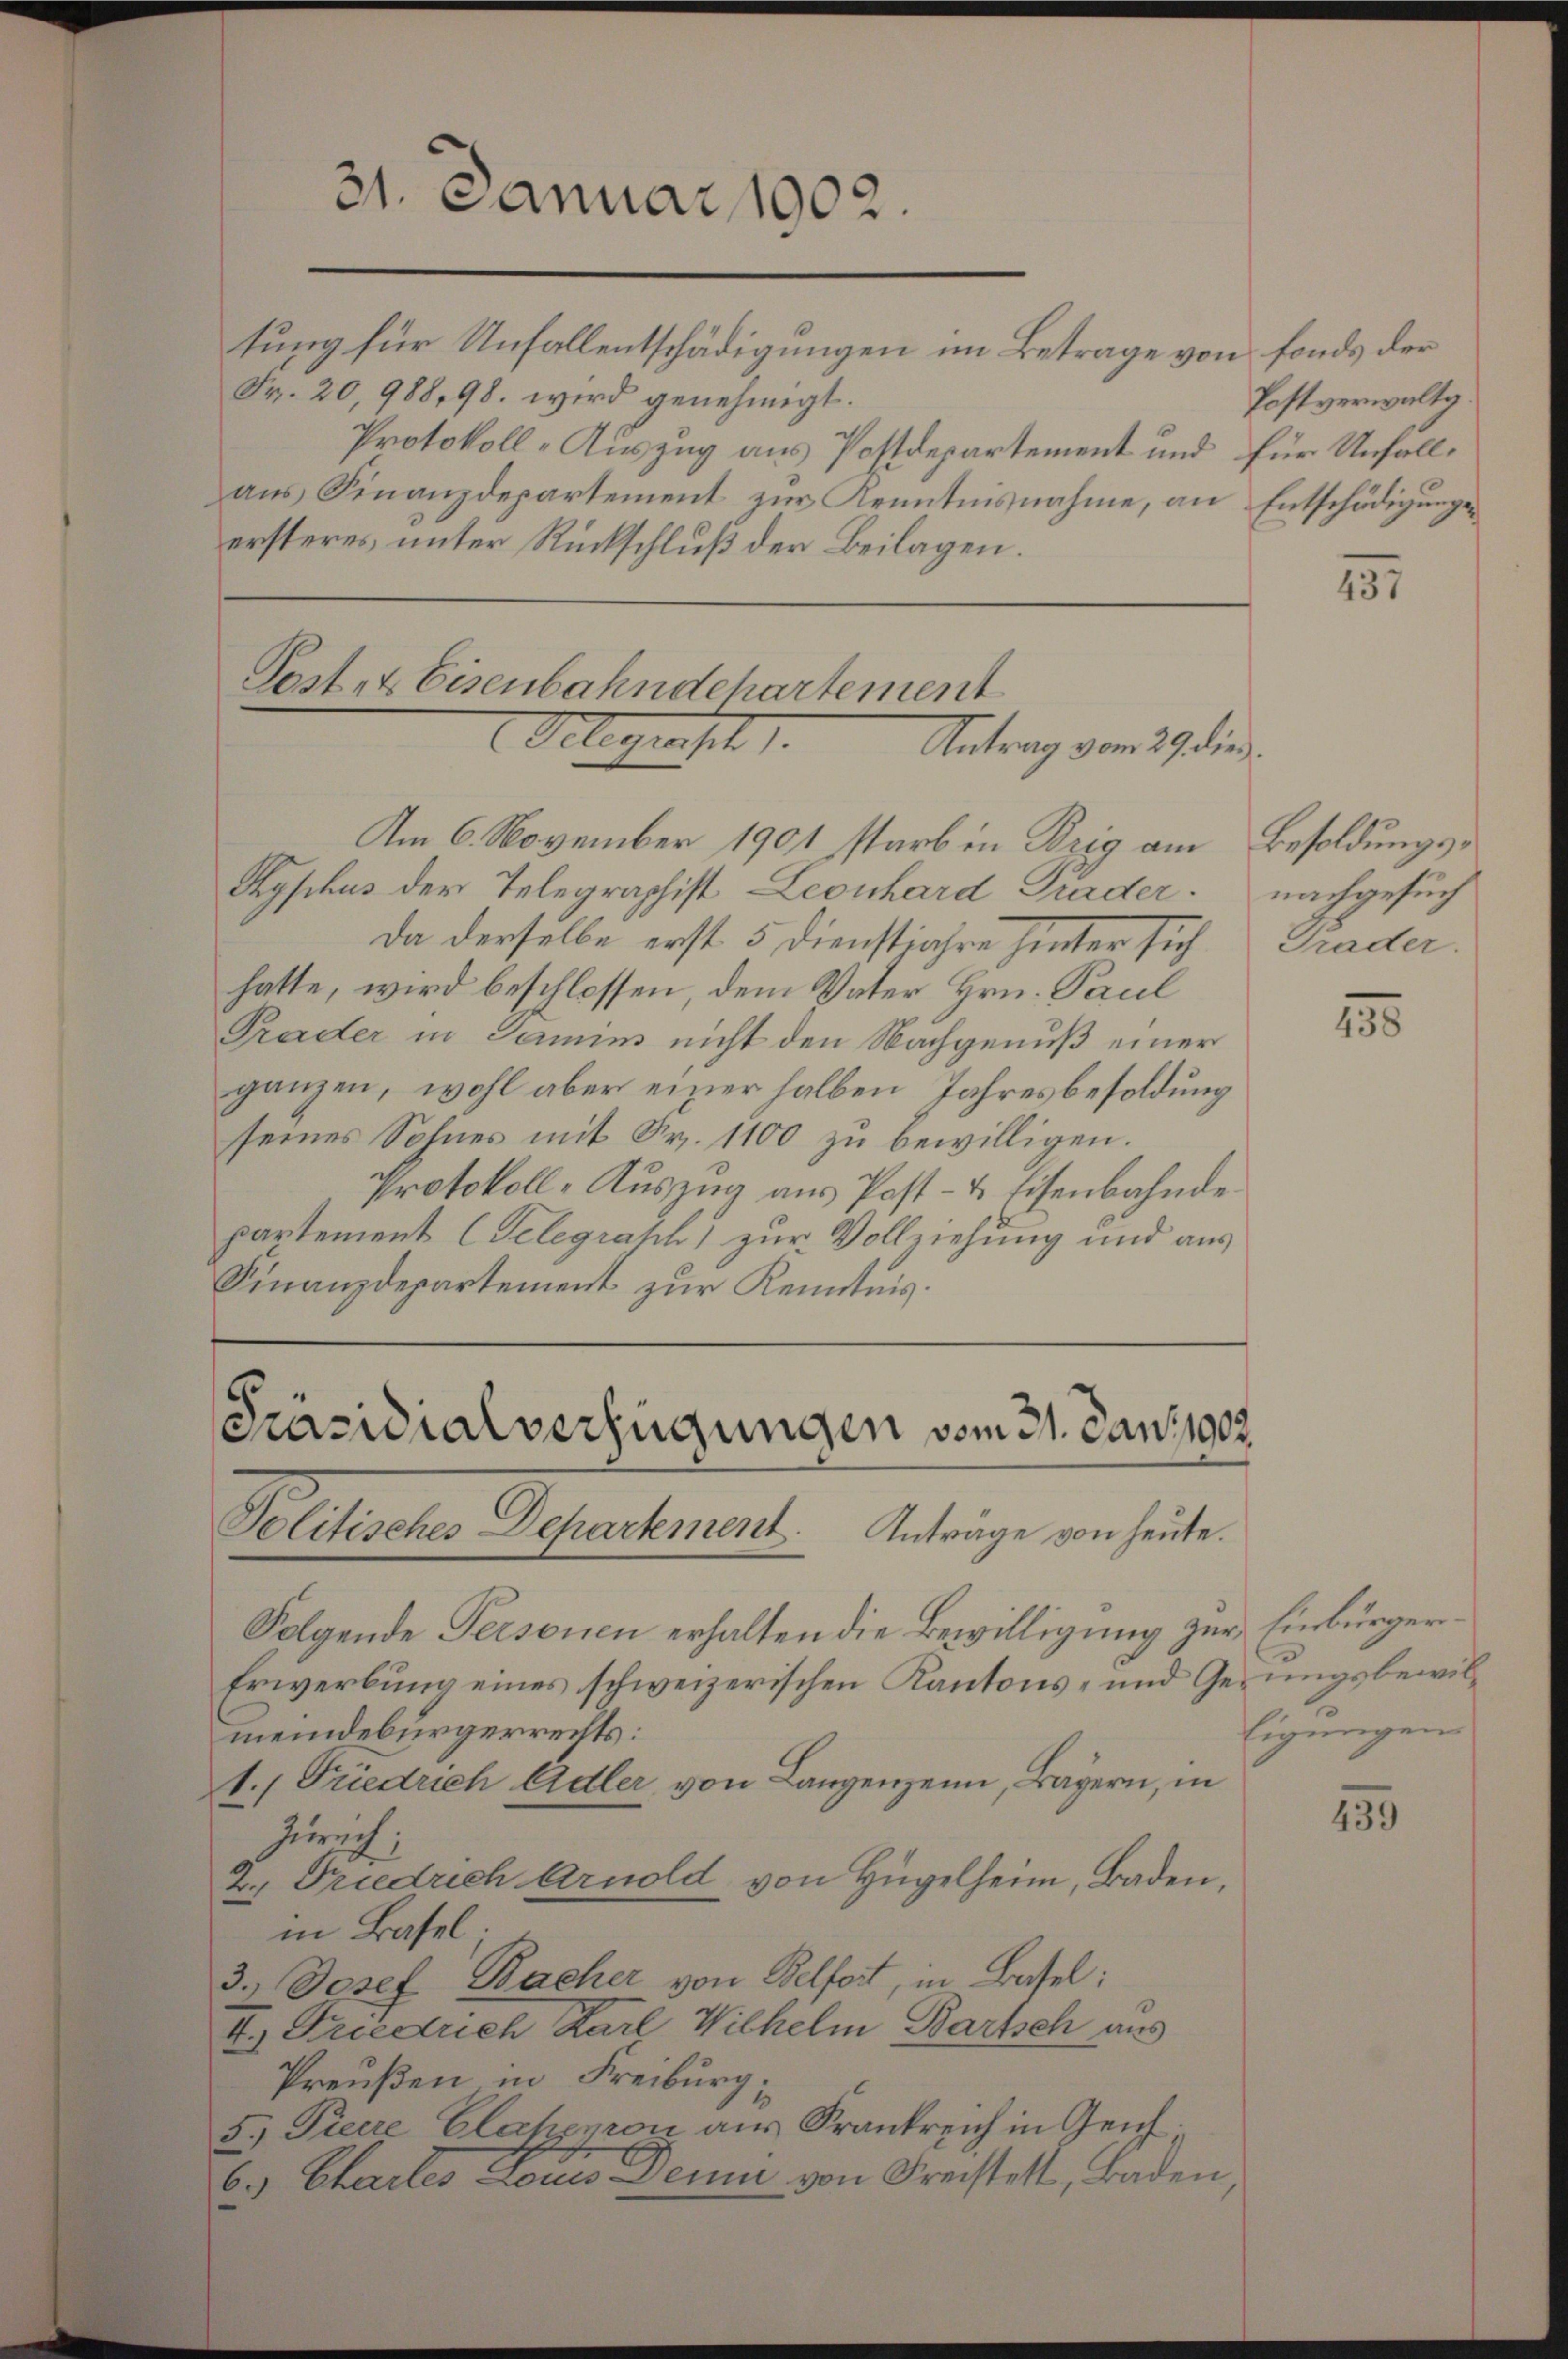
tung für Unfallentschädigungen im Betrage von fonds der
Fr. 20,988, 98. wird genehmigt.
Protokoll-Auszug aus Postdepartement und für Unfallaus Finanzdepartement zur Kenntnisnahme, an Entschädigungsersteres unter Rückschluß der Beilagen.

31. Januar 1902.

Am 6. November 1901 starb in Brig am Besoldungs¬
Typhus der Telegraphist Leonhard Grader nachgesuch
Da derselbe erst 5 Dienstjahre hinter sich
hatte, wird beschlossen, dem Vater Hrn. Paul
Prader in Samin nicht den Nachgenuß einer
ganzen, wohl aber einer halben Jahresbesoldung
seines Sohnes mit Fr. 1100 zu bewilligen.
Protokoll-Auszug aus Post- & Eisenbahnde
partement (Telegraph zur Vollziehung und aus
Finanzdepartement zur Kenntnis.

Post- & Eisenbahndchartement
Delegensch
Antrag vom 29 dies

[Präsidialverfügungen vom 31. Jan. 1902.
Politisches Departement. Anträge von heute.

Folgende Personen erhalten die Bewilligung zur Einbürger¬
Erwerbung eines schweizerischen Kantons- und Gerungsbewilmeindebürgerrechts:
1., Friedrich Adler von Lanzenzen, Bayern, in
Zürich;
2. Friedrich Arnold von Hügelheim, Baden,
in Basel
3.) Josef Bacher von Belfort, in Basel:
I.) Friedrich Karl Wilhelm Bartsch aus
Preußen in Freiburg,
5. Pieere Clahemon aus Frankreich in Genf.
6.) Chailes denn Denn von Freistell, Baden,

Postverwaltg

131

Prader.

138

ligungen

455